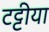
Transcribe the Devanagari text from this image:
टट्टीया